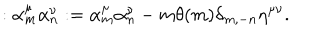
LaTeX: : \alpha _ { m } ^ { \mu } \alpha _ { n } ^ { \nu } : = \alpha _ { m } ^ { \mu } \alpha _ { n } ^ { \nu } - m \theta ( m ) \delta _ { m , - n } \eta ^ { \mu \nu } { . }